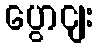
ပွောငျး